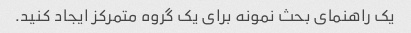
یک راهنمای بحث نمونه برای یک گروه متمرکز ایجاد کنید.